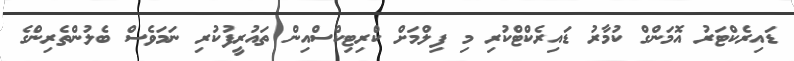
ޑައިރެކްޓަރު އޮމަންގް ކުމާރު ޑައިރެކްޓްކުރި މި ފިލްމަށް ކްރިޓިކްސްއިން ތައުރީފުކުރި ނަމަވެސް ބެލުންތެރިންގެ